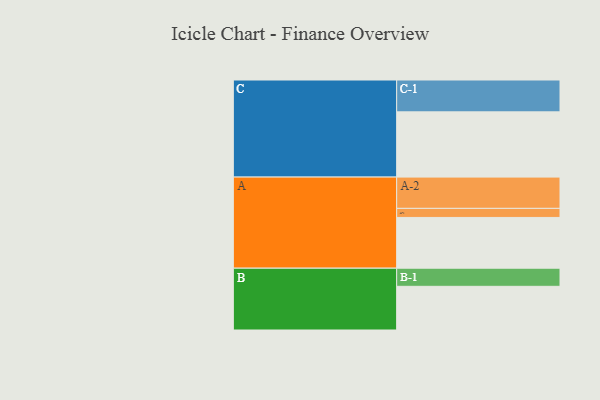
{"axis": {"x": "Segment", "y": "Value"}, "legend": ["", "A", "B", "C"], "data": [{"x": "A", "y": 459, "type": ""}, {"x": "B", "y": 395, "type": ""}, {"x": "C", "y": 590, "type": ""}, {"x": "A-1", "y": 82, "type": "A"}, {"x": "A-2", "y": 283, "type": "A"}, {"x": "B-1", "y": 164, "type": "B"}, {"x": "C-1", "y": 288, "type": "C"}]}